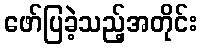
ဖော်ပြခဲ့သည့်အတိုင်း